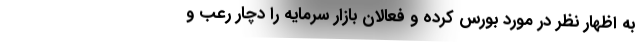
به اظهار نظر در مورد بورس کرده و فعالان بازار سرمایه را دچار رعب و